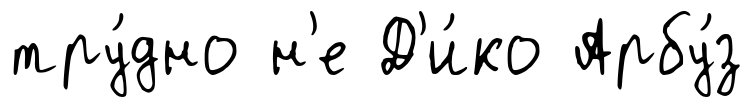
тру́дно н'е Д'и́ко Арбу́з